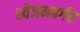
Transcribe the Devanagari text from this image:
श्‍वेजनबर्गर